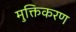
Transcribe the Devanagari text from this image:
मुक्तिकरण